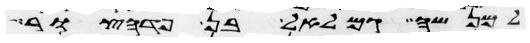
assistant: למנשה גמלאל בן פדהצור